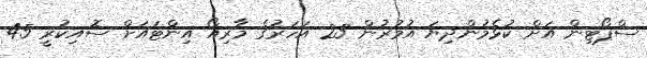
ސްޕޯޓިން އަށް ކުޅެމުންދިޔަ އުމުރުން 23 އަހަރުގެ މާރިއޯ އިންޓައަށް ސޮއިކުރީ 45